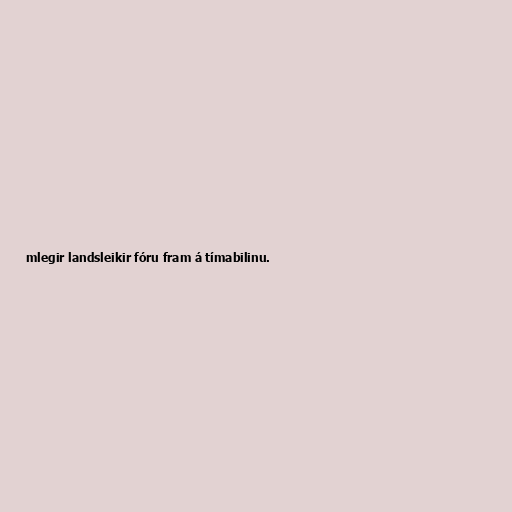
mlegir landsleikir fóru fram á tímabilinu.